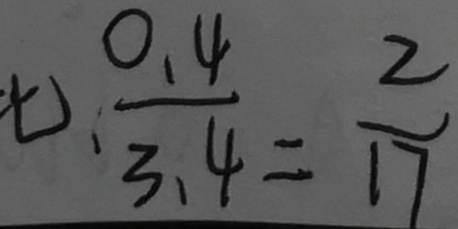
\frac { 0 . 4 } { 3 . 4 } = \frac { 2 } { 1 7 }